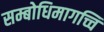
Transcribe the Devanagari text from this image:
सम्बोधिमागच्चि